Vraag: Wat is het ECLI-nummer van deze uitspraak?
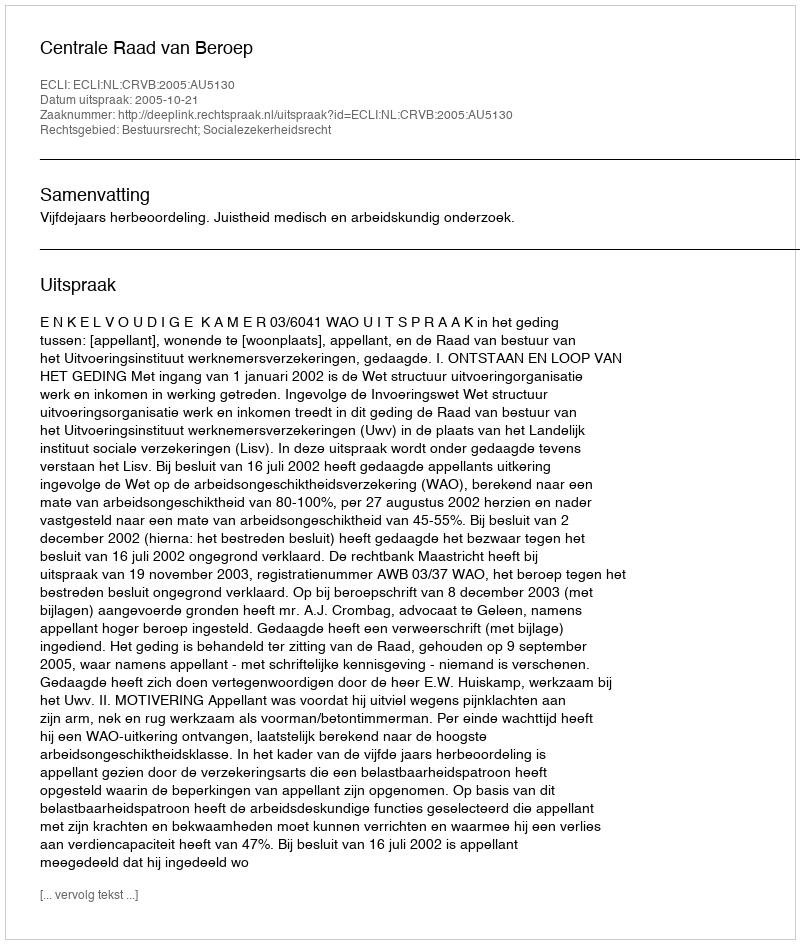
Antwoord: ECLI:NL:CRVB:2005:AU5130